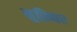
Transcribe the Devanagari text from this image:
मुख़्बिर